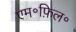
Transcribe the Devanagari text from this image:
एम॰फ़िल॰